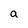
Character: a